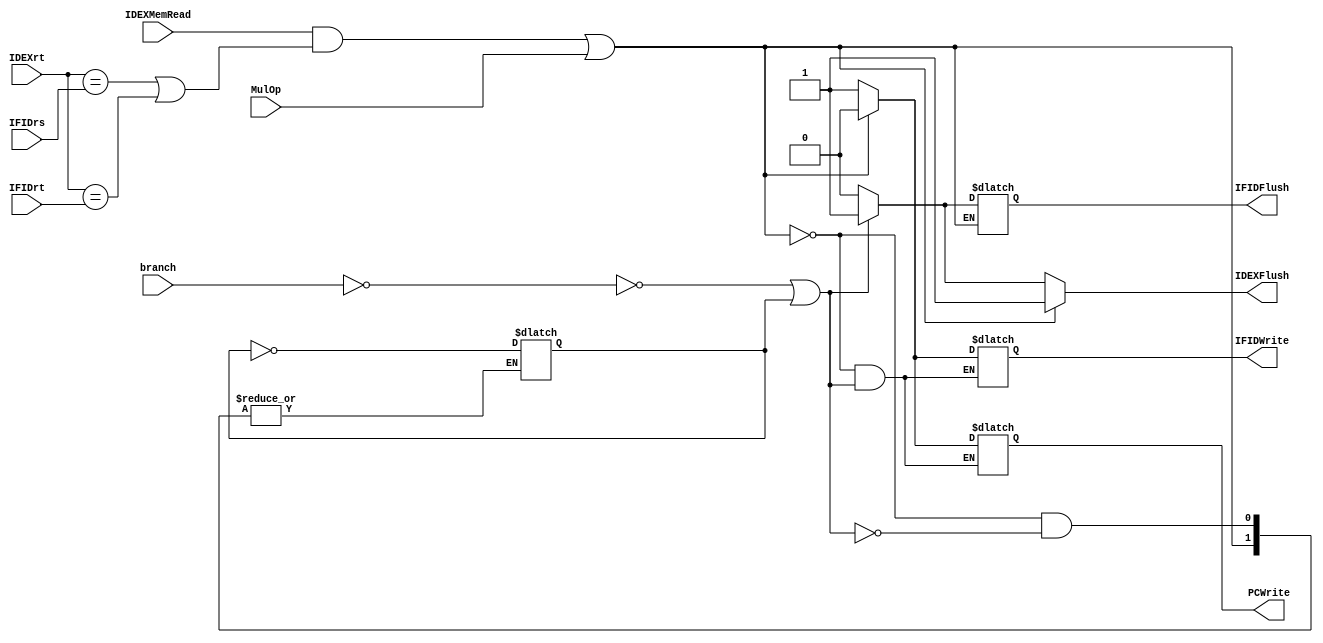
`timescale 1ns / 1ps
//////////////////////////////////////////////////////////////////////////////////
// Company: 
// Engineer: 
// 
// Design Name: 
// Module Name: HazardDetection
// Project Name: 
// Target Devices: 
// Tool Versions: 
// Description: 
// 
// Dependencies: 
// 
// Revision:
// Revision 0.01 - File Created
// Additional Comments:
// 
//////////////////////////////////////////////////////////////////////////////////

module HazardDetection(branch, IDEXMemRead, IDEXrt, IFIDrs, IFIDrt, IFIDFlush, IDEXFlush, IFIDWrite, PCWrite, MulOp);

    input [1:0] branch;
    input IDEXMemRead, MulOp;
    input [4:0] IDEXrt, IFIDrs, IFIDrt;
    
    reg stallagain;
    
    output reg IFIDFlush, IDEXFlush, IFIDWrite, PCWrite;
    
    always @( branch, IDEXMemRead, IDEXrt, IFIDrs, IFIDrt ) begin
        if ((IDEXMemRead & ((IDEXrt == IFIDrs) | (IDEXrt == IFIDrt))) | MulOp) begin
                IDEXFlush <= 1;
                IFIDWrite <= 0;
                PCWrite <=0;
        end 
        else if (~(branch == 0) | stallagain) begin
            IFIDFlush <= 1;
            IDEXFlush <= 1;
            stallagain <= ~stallagain;
        end
        else begin
                IFIDFlush <= 0;
                IDEXFlush <= 0;
                IFIDWrite <= 1;
                PCWrite <= 1;
        end

    end          
endmodule